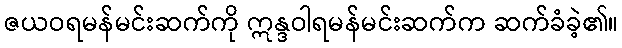
ဇယဝရမန်မင်းဆက်ကို ဣန္ဒဝါရမန်မင်းဆက်က ဆက်ခံခဲ့၏။